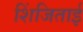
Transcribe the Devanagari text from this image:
शिंजिताई